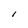
Character: I